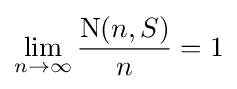
\lim _{n\to \infty }{\frac {{\text{N}}(n,S)}{n}}=1